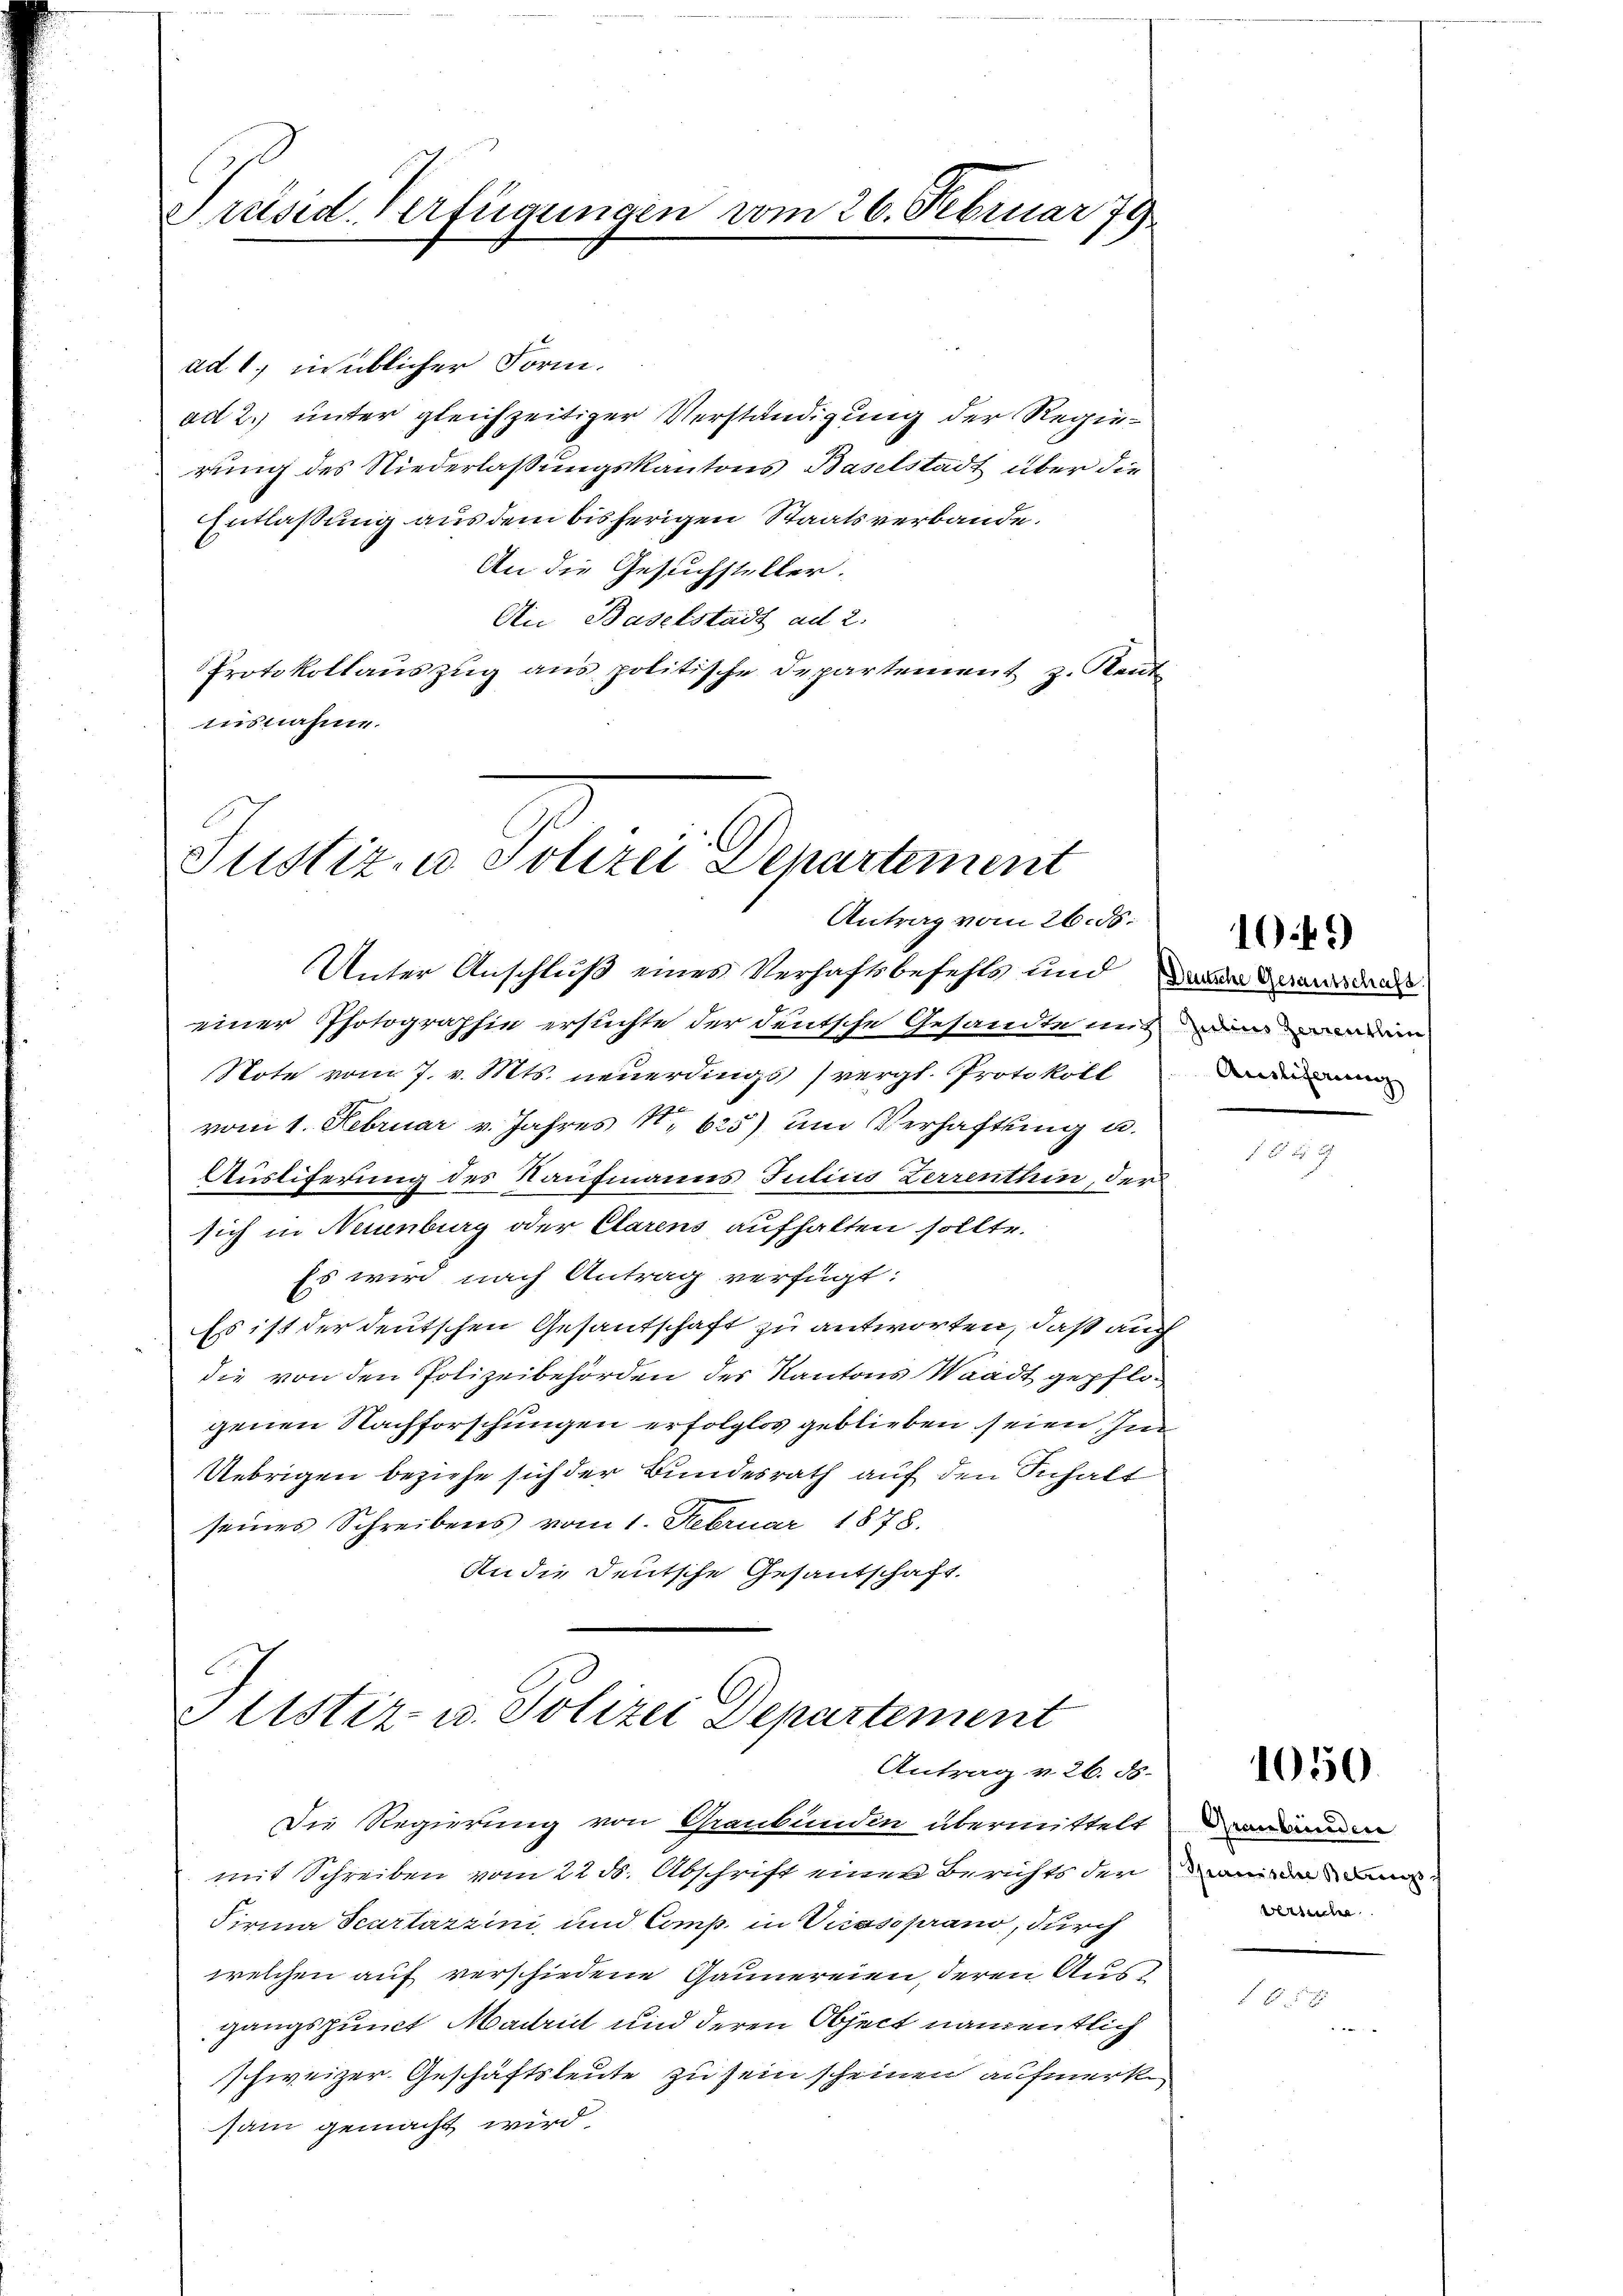
Präsid. Verfügungen vom 26. Februar 79

ad 1., in üblicher Form.
ad 2. unter gleichzeitiger Verständigung der Regierung des Niederlaßungskantons Baselstadt über die
Entlaßung aus dem bisherigen Staatsverbande.
An die Gesuchsteller.
An Baselstadt ad 2.
Protokollauszug aus politische Departement z. Rent
ausnahme.

Justiz- u Polizei Departement
Antrag vom 26. ds.

Unter Anschluß eines Verhaftsbefehls und dann den
einer Photographie ersuchte der deutsche Gesandte mit derenden
Note vom 7. v. Mts. neuerdings (vergl. Protokoll
vom 1. Februar v. Jahres 1. 625) um Verhaftung u.
Ausliferung des Kaufmanns Julius Zerrenthin, der
sich in Neuenburg oder Clarens aufhalten sollte.
Es wird nach Antrag verfügt:
Es ist der deutschen Gesantschaft zu antworten, daß auch
die von den Polizeibehörden des Kantons Waadt gepflogenen Nachforschungen erfolglos geblieben seien In
Uebrigen beziehe sich der Bundesrath auf den Schalt
seines Schreibens vom 1. Februar 1878.
An die Deutsche Gesantschaft.

Justiz- u. Polizei Departement
Antrag v. 26. d. 1056.

Die Regierung von Graubünden übermittelt
mit Schreiben vom 22 ds. Abschrift einer Berichts der minde an
Firma Scartazzini, und Comp. in Vicasoprano, durch
welchen auf verschiedene Gaunereien, deren Ausgangspunct Maint und deren Object namentlich
schweizer. Geschäftsleute zu sein scheinen aufmerk
sam gemacht wird.

Auslieferung

10.45)

Graubünden
werliche